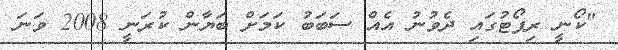
"ކޯނީ ރިޕޯޓުގައި ދެވުނު އެއް ސަބަބު ކަމަށް ބަޔާން ކުރަނީ 2008 ވަނަ